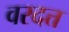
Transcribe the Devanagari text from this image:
वरदत्त